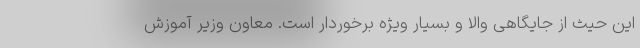
این حیث از جایگاهی والا و بسیار ویژه برخوردار است. معاون وزیر آموزش